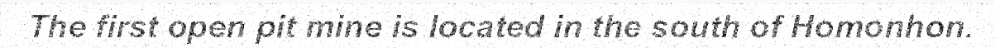
The first open pit mine is located in the south of Homonhon.